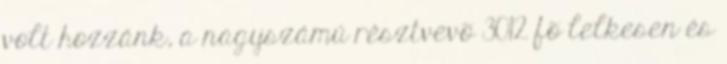
volt hozzánk, a nagyszámú résztvevõ 3012 fõ lelkesen és